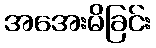
အအေးမိခြင်း